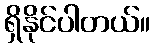
ရှိနိုင်ပါတယ်။